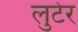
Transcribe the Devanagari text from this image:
लुटेर